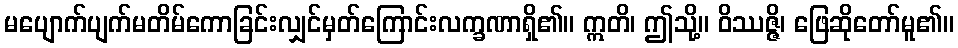
မပျောက်ပျက်မတိမ်ကောခြင်းလျှင်မှတ်ကြောင်းလက္ခဏာရှိ၏။ ဣတိ၊ ဤသို့။ ဝိဿဇ္ဇိ၊ ဖြေဆိုတော်မူ၏။